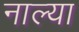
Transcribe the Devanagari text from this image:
नाल्या